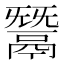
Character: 鬵